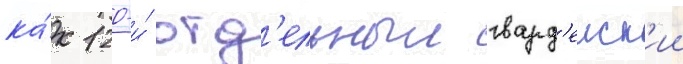
ка́к 120-и́ отд'ельныи гвард'еиск'ии